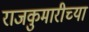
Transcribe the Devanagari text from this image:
राजकुमारीच्या